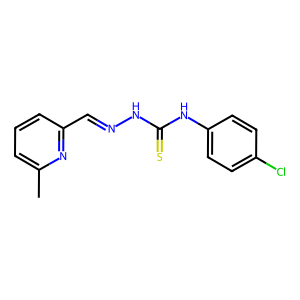
SMILES: Cc1cccc(C=NNC(=S)Nc2ccc(Cl)cc2)n1
Inhibits HIV replication: No